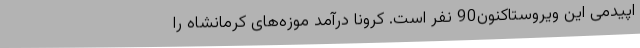
اپیدمی این ویروستاکنون90 نفر است. کرونا درآمد موزه‌های کرمانشاه را